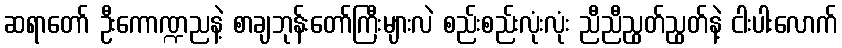
ဆရာတော် ဦးကောဏ္ဍညနဲ့ စာချဘုန်းတော်ကြီးများလဲ စည်းစည်းလုံးလုံး ညီညီညွတ်ညွတ်နဲ့ ငါးပါးလောက်